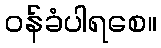
ဝန်ခံပါရစေ။